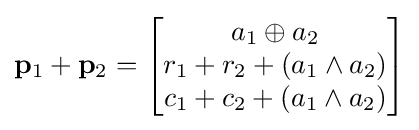
\mathbf {p} _{1}+\mathbf {p} _{2}={\begin{bmatrix}a_{1}\oplus a_{2}\\r_{1}+r_{2}+(a_{1}\land a_{2})\\c_{1}+c_{2}+(a_{1}\land a_{2})\end{bmatrix}}